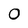
Character: O